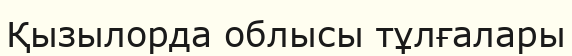
Қызылорда облысы тұлғалары